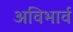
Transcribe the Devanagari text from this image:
अविभार्व